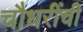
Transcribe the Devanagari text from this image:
चौधरींची